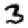
Digit: 3